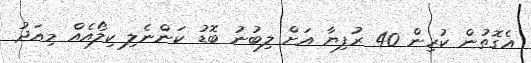
އެގޮތުން ކުރިން 40 ރުފިޔާ އަށް ލިބުނު ބޮޑު ކަންނެލި ކިލޯއެއް މިއަދު